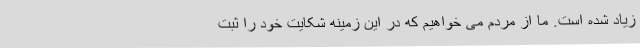
زیاد شده است. ما از مردم می خواهیم که در این زمینه شکایت خود را ثبت